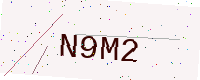
Text: N9M2